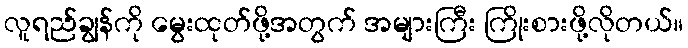
လူရည်ချွန်ကို မွေးထုတ်ဖို့အတွက် အများကြီး ကြိုးစားဖို့လိုတယ်။